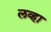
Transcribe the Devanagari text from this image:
लव्हा